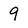
Character: 9